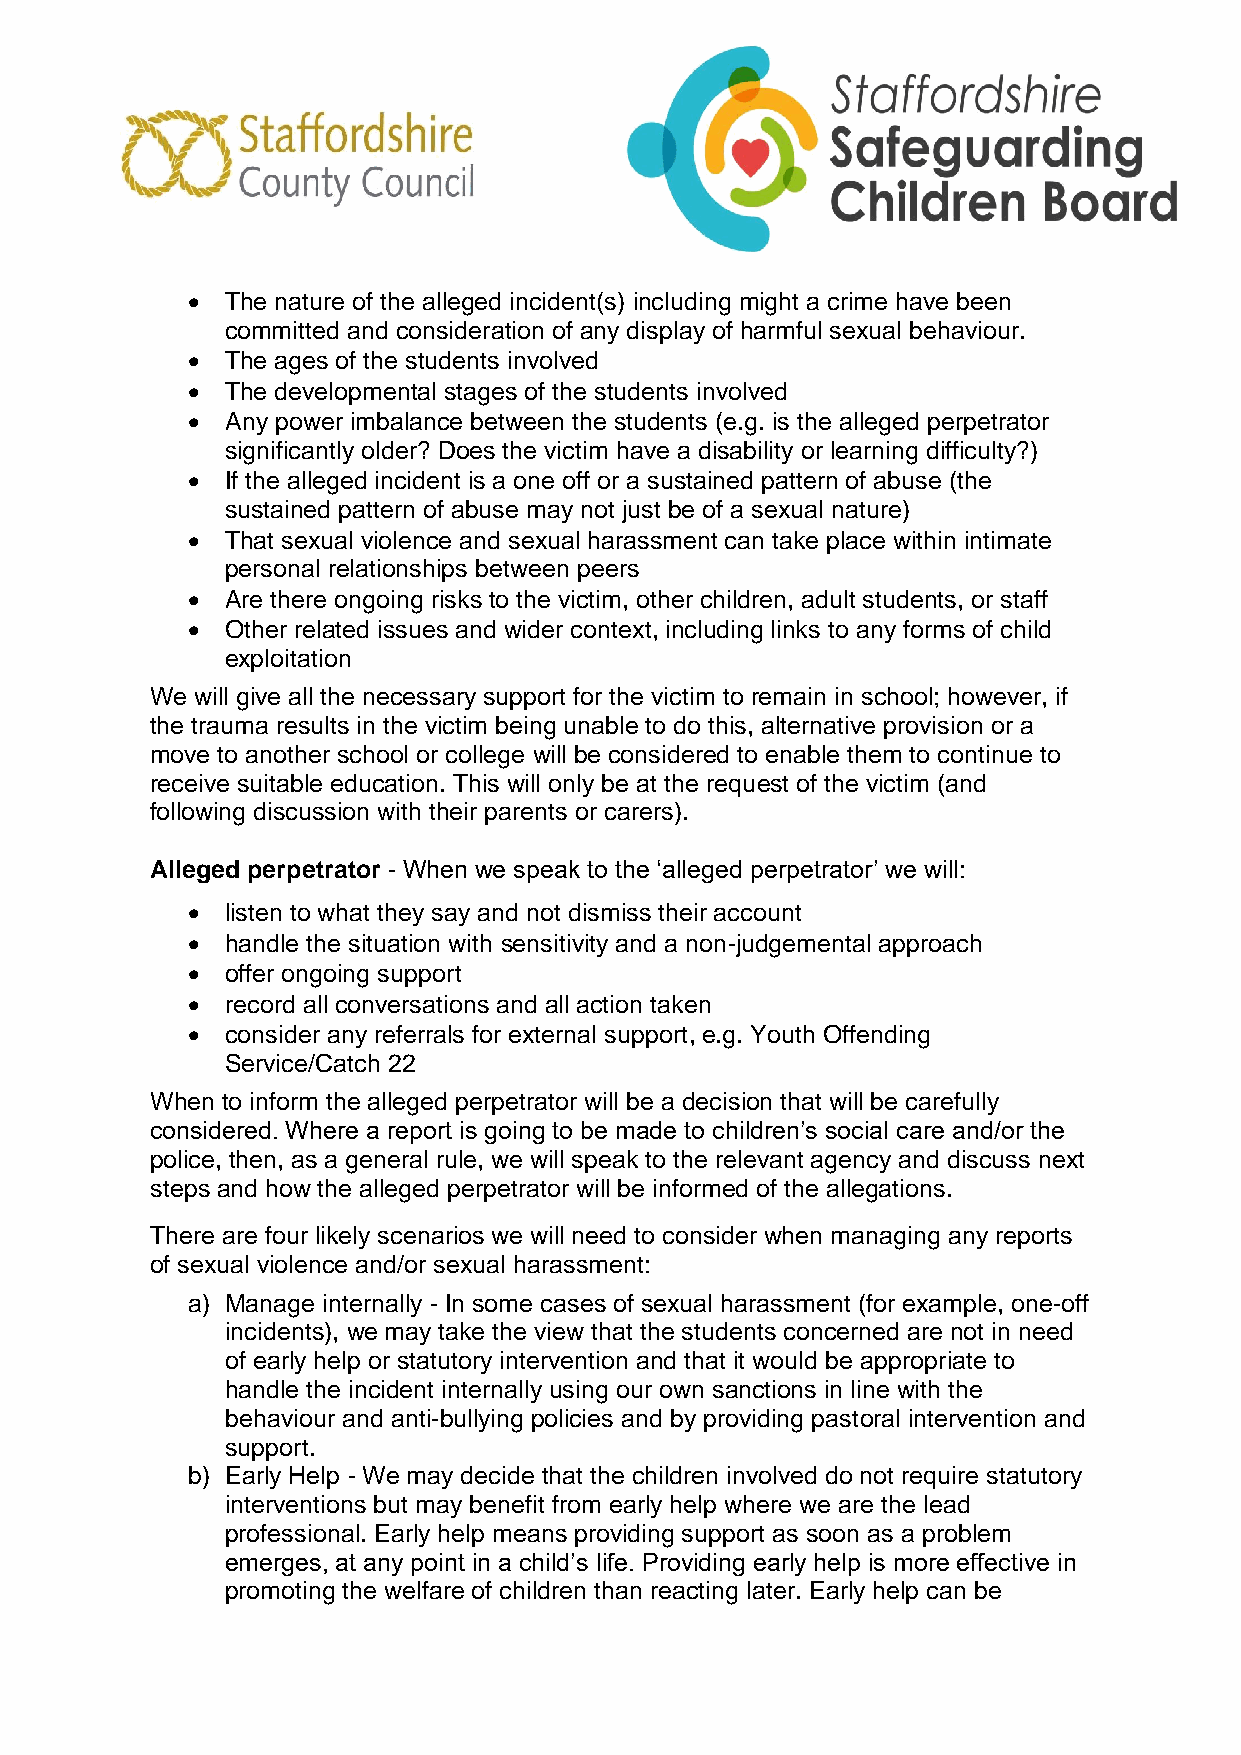
  The nature of the alleged incident(s) including might a crime have been
 committed and consideration of any display of harmful sexual behaviour.
   The ages of the students involved
   The developmental stages of the students involved
   Any power imbalance between the students (e.g. is the alleged perpetrator
 significantly older? Does the victim have a disability or learning difficulty?)
   If the alleged incident is a one off or a sustained pattern of abuse (the
 sustained pattern of abuse may not just be of a sexual nature)
   That sexual violence and sexual harassment can take place within intimate
 personal relationships between peers
   Are there ongoing risks to the victim, other children, adult students, or staff
   Other related issues and wider context, including links to any forms of child
 exploitation
 We will give all the necessary support for the victim to remain in school; however, if
 the trauma results in the victim being unable to do this, alternative provision or a
 move to another school or college will be considered to enable them to continue to
 receive suitable education. This will only be at the request of the victim (and
 following discussion with their parents or carers).
 Alleged perpetrator - When we speak to the ‘alleged perpetrator’ we will:
   listen to what they say and not dismiss their account
   handle the situation with sensitivity and a non-judgemental approach
   offer ongoing support
   record all conversations and all action taken
   consider any referrals for external support, e.g. Youth Offending
 Service/Catch 22
 When to inform the alleged perpetrator will be a decision that will be carefully
 considered. Where a report is going to be made to children’s social care and/or the
 police, then, as a general rule, we will speak to the relevant agency and discuss next
 steps and how the alleged perpetrator will be informed of the allegations.
 There are four likely scenarios we will need to consider when managing any reports
 of sexual violence and/or sexual harassment:
 a) Manage internally - In some cases of sexual harassment (for example, one-off
 incidents), we may take the view that the students concerned are not in need
 of early help or statutory intervention and that it would be appropriate to
 handle the incident internally using our own sanctions in line with the
 behaviour and anti-bullying policies and by providing pastoral intervention and
 support.
 b) Early Help - We may decide that the children involved do not require statutory
 interventions but may benefit from early help where we are the lead
 professional. Early help means providing support as soon as a problem
 emerges, at any point in a child’s life. Providing early help is more effective in
 promoting the welfare of children than reacting later. Early help can be